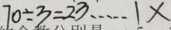
7 0 \div 3 = 2 3 \cdots 1 x